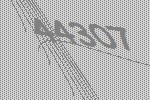
44307